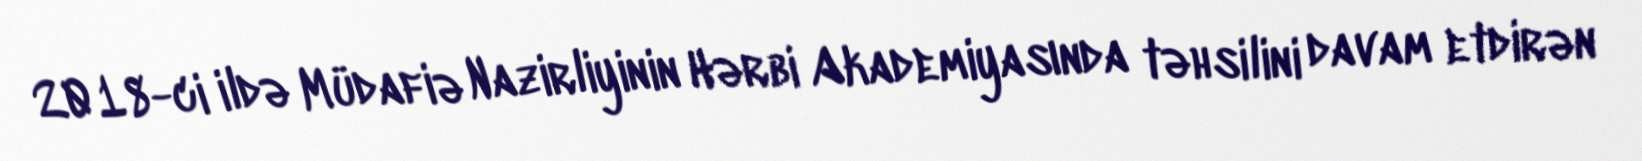
2018-ci ildə Müdafiə Nazirliyinin Hərbi Akademiyasında təhsilini davam etdirən